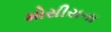
મોસીસના